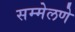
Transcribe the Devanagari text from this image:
सम्मेलणे